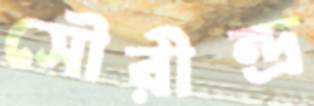
সৌরীন্দ্র